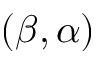
( \beta , \alpha )